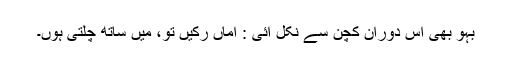
بہو بھی اس دوران کچن سے نکل آئی : اماں رکیں تو، میں ساتھ چلتی ہوں۔